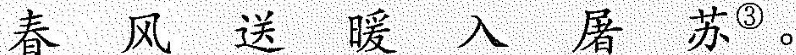
春 分 送 暖 入 屠 苏^{③} 。